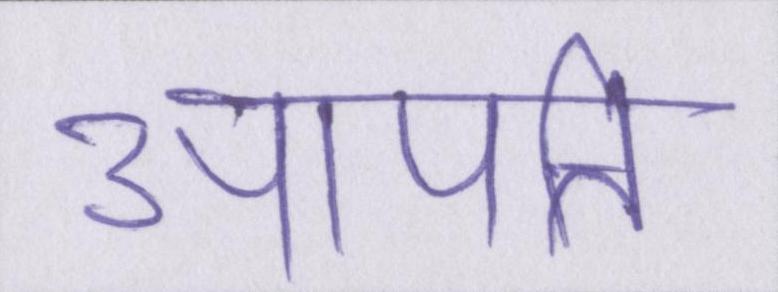
आपत्ति